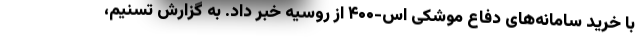
با خرید سامانه‌های دفاع موشکی اس-۴۰۰ از روسیه خبر داد. به گزارش تسنیم،